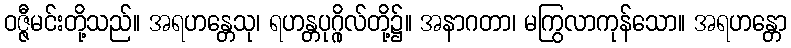
ဝဇ္ဇီမင်းတို့သည်။ အရဟန္တေသု၊ ရဟန္တပုဂ္ဂိုလ်တို့၌။ အနာဂတာ၊ မကြွလာကုန်သော။ အရဟန္တော